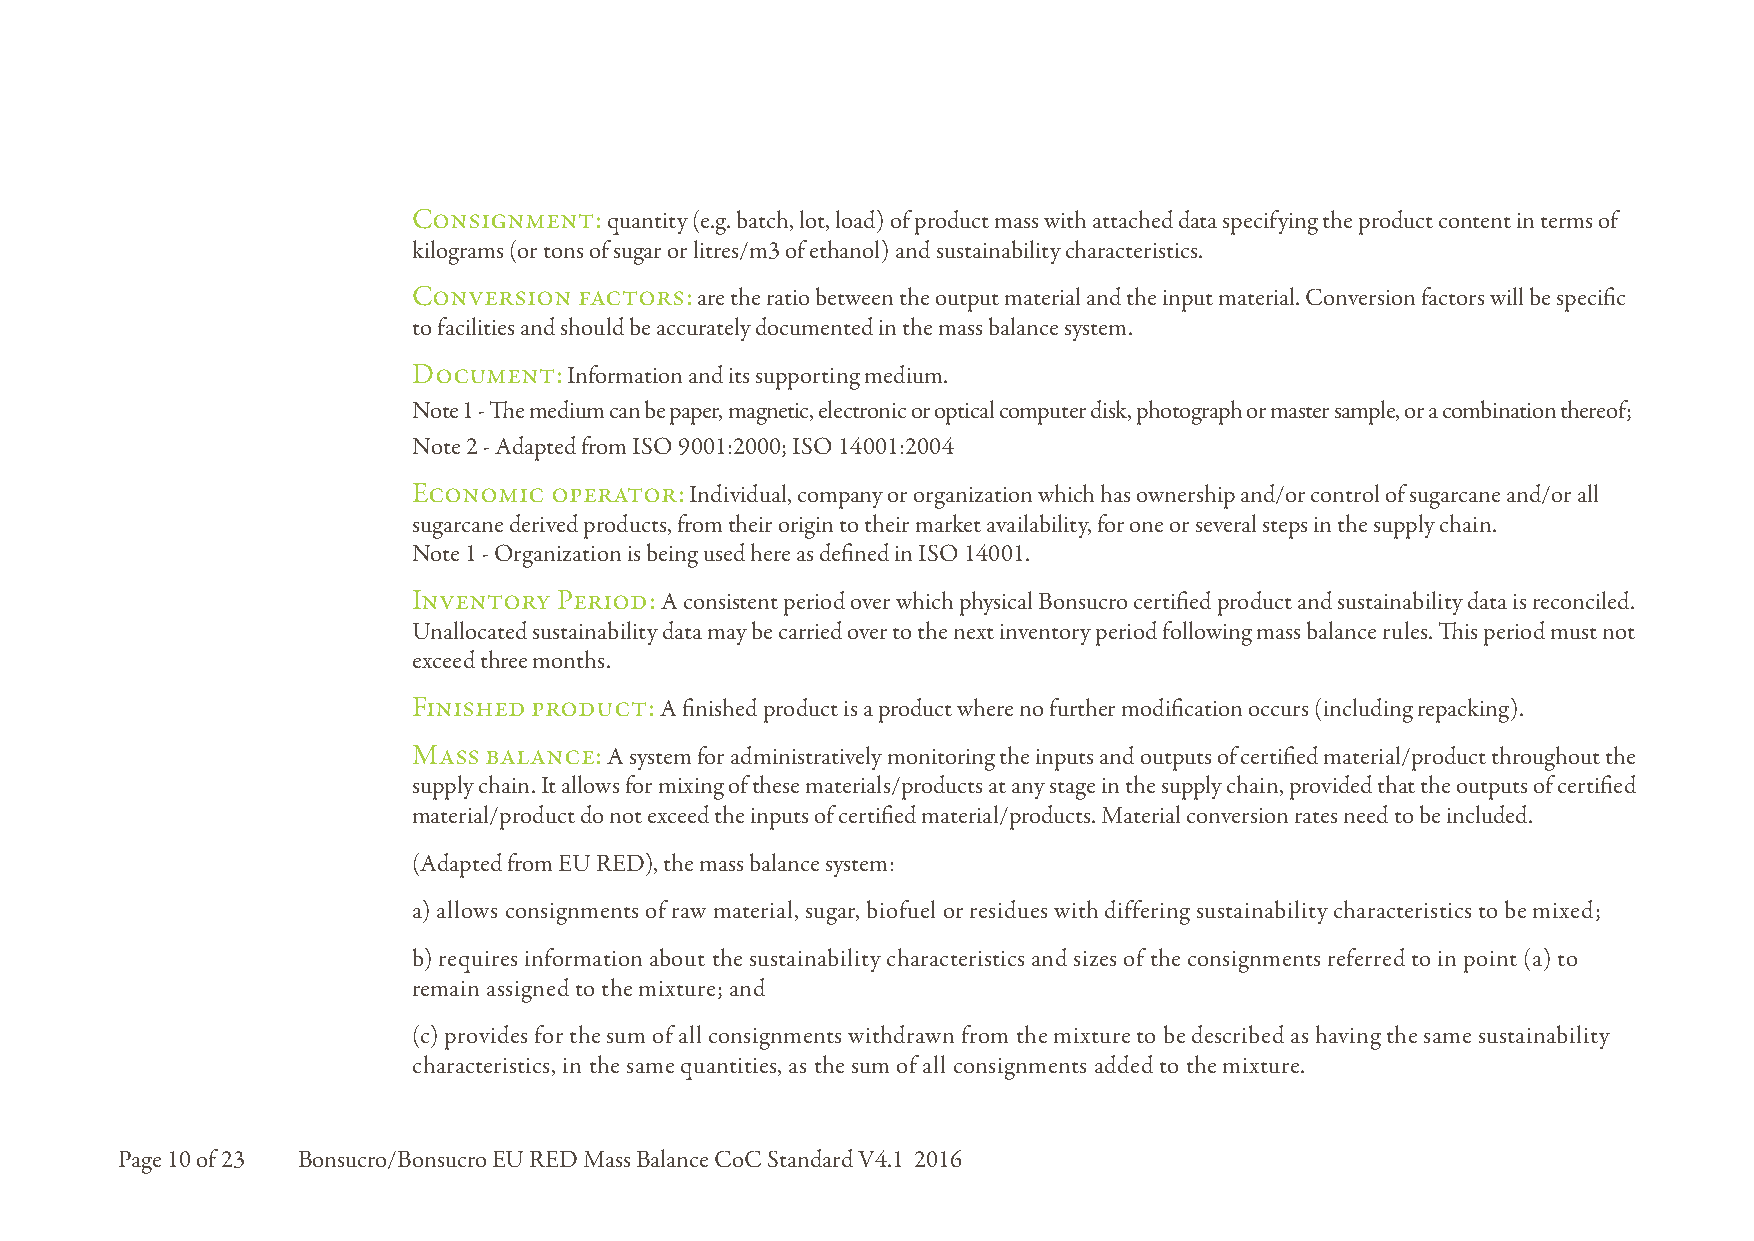
Consignment: quantity (e.g. batch, lot, load) of product mass with attached data specifying the product content in terms of
 kilograms (or tons of sugar or litres/m3 of ethanol) and sustainability characteristics.
 Conversion factors: are the ratio between the output material and the input material. Conversion factors will be specific
 to facilities and should be accurately documented in the mass balance system.
 Document:  Information and its supporting medium.
 Note 1 - The medium can be paper, magnetic, electronic or optical computer disk, photograph or master sample, or a combination thereof;
 Note 2 - Adapted from ISO 9001:2000; ISO 14001:2004
 Economic operator: Individual, company or organization which has ownership and/or control of sugarcane and/or all
 sugarcane derived products, from their origin to their market availability, for one or several steps in the supply chain.
 Note 1 - Organization is being used here as defined in ISO 14001.
 Inventory Period: A consistent period over which physical Bonsucro certified product and sustainability data is reconciled.
 Unallocated sustainability data may be carried over to the next inventory period following mass balance rules. This period must not
 exceed three months.
 Finished product: A finished product is a product where no further modification occurs (including repacking).
 Mass balance: A system for administratively monitoring the inputs and outputs of certified material/product throughout the
 supply chain. It allows for mixing of these materials/products at any stage in the supply chain, provided that the outputs of certified
 material/product do not exceed the inputs of certified material/products. Material conversion rates need to be included.
 (Adapted from EU RED), the mass balance system:
 a) allows consignments of raw material, sugar, biofuel or residues with differing sustainability characteristics to be mixed;
 b) requires information about the sustainability characteristics and sizes of the consignments referred to in point (a) to
 remain assigned to the mixture; and
 (c) provides for the sum of all consignments withdrawn from the mixture to be described as having the same sustainability
 characteristics, in the same quantities, as the sum of all consignments added to the mixture.
 Page 10 of 23 Bonsucro/Bonsucro EU RED Mass Balance CoC Standard V4.1 2016